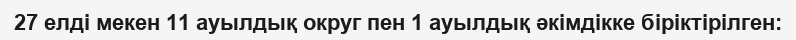
27 елді мекен 11 ауылдық округ пен 1 ауылдық әкімдікке біріктірілген: